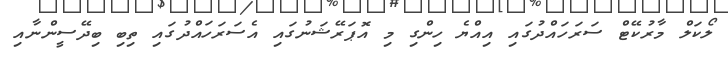
ލޯކަލް މާރުކޭޓް ސަރަހައްދުގައި އިއްޔެ ހިންގި މި އޮޕަރޭޝަނުގައި އެސަރަހައްދުގައި ތިބި ބިދޭސީންނާއި